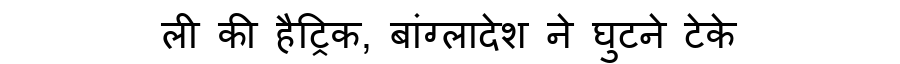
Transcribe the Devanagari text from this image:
ली की हैट्रिक, बांग्लादेश ने घुटने टेके